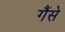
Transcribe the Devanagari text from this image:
गैंसे